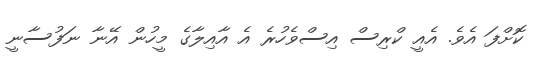
ކޮށްފަ އެވެ. އެއީ ކްރިސް އިސްވެހުރެ އެ އާއިލާގެ މީހުން އޭނާ ނަފުސާނީ